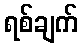
ရစ်ချက်